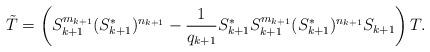
LaTeX: \begin{align*}\tilde{T}=\left(S_{k+1}^{m_{k+1}}(S_{k+1}^*)^{n_{k+1}}-\frac{1}{q_{k+1}} S_{k+1}^*S_{k+1}^{m_{k+1}}(S_{k+1}^*)^{n_{k+1}}S_{k+1}\right)T.\end{align*}